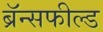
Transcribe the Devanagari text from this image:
ब्रॅन्सफील्ड